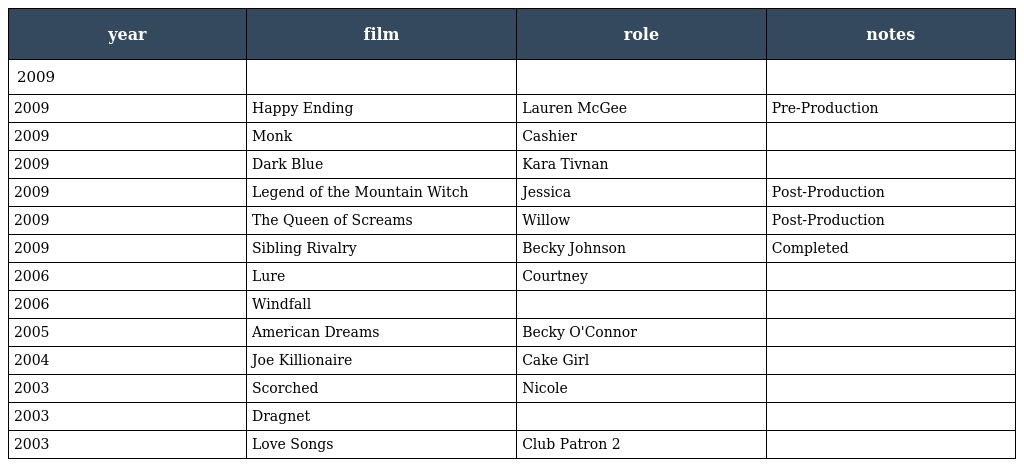
| year | film | role | notes |
 | --- | --- | --- | --- |
 | 2009 |  |  |  |
 | 2009 | Happy Ending | Lauren McGee | Pre-Production |
 | 2009 | Monk | Cashier |  |
 | 2009 | Dark Blue | Kara Tivnan |  |
 | 2009 | Legend of the Mountain Witch | Jessica | Post-Production |
 | 2009 | The Queen of Screams | Willow | Post-Production |
 | 2009 | Sibling Rivalry | Becky Johnson | Completed |
 | 2006 | Lure | Courtney |  |
 | 2006 | Windfall |  |  |
 | 2005 | American Dreams | Becky O'Connor |  |
 | 2004 | Joe Killionaire | Cake Girl |  |
 | 2003 | Scorched | Nicole |  |
 | 2003 | Dragnet |  |  |
 | 2003 | Love Songs | Club Patron 2 |  |